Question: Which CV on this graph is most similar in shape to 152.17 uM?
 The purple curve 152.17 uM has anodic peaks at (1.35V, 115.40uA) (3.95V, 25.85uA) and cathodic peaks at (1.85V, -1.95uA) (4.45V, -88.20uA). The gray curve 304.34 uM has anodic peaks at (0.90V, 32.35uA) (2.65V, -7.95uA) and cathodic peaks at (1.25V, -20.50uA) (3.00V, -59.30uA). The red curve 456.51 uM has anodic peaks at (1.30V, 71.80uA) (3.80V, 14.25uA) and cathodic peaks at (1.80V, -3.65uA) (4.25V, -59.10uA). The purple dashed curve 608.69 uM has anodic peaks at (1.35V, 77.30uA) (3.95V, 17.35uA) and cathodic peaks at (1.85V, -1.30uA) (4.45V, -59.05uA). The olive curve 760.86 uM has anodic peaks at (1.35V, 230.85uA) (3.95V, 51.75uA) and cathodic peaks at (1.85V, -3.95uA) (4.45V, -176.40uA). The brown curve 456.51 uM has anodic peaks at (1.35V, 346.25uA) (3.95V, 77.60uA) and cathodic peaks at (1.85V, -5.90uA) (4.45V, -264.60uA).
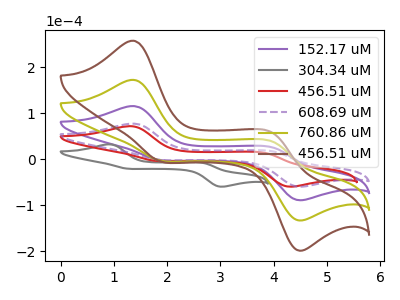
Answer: <think>"152.17 uM" and "304.34 uM" have at least one peak that do not match. "152.17 uM" and "456.51 uM" have at least one peak that do not match. All the peaks in "152.17 uM" have a peak in "608.69 uM" at the same potential. Every peak in "152.17 uM" is higher than every peak in "608.69 uM". All the peaks in "152.17 uM" have a peak in "760.86 uM" at the same potential. Every peak in "152.17 uM" is lower than every peak in "760.86 uM". All the peaks in "152.17 uM" have a peak in "456.51 uM" at the same potential. Every peak in "152.17 uM" is lower than every peak in "456.51 uM". "304.34 uM" and "456.51 uM" have at least one peak that do not match. "304.34 uM" and "608.69 uM" have at least one peak that do not match. "304.34 uM" and "760.86 uM" have at least one peak that do not match. "304.34 uM" and "456.51 uM" have at least one peak that do not match. "456.51 uM" and "608.69 uM" have at least one peak that do not match. "456.51 uM" and "760.86 uM" have at least one peak that do not match. "456.51 uM" and "456.51 uM" have at least one peak that do not match. All the peaks in "608.69 uM" have a peak in "760.86 uM" at the same potential. Every peak in "608.69 uM" is lower than every peak in "760.86 uM". All the peaks in "608.69 uM" have a peak in "456.51 uM" at the same potential. Every peak in "608.69 uM" is lower than every peak in "456.51 uM". All the peaks in "760.86 uM" have a peak in "456.51 uM" at the same potential. Every peak in "760.86 uM" is lower than every peak in "456.51 uM".
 </think>
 <answer>"152.17 uM", "760.86 uM" and "456.51 uM" have a similar shape to "608.69 uM".</answer>
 <eval>"152.17 uM" "760.86 uM" "456.51 uM"</eval>